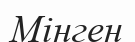
Мінген